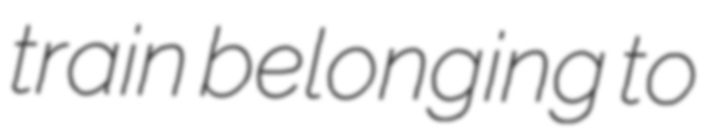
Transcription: train belonging to